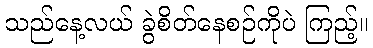
သည်နေ့လယ် ခွဲစိတ်နေစဉ်ကိုပဲ ကြည့်။